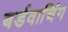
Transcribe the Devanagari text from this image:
बर्डवाचिंग